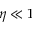
\eta \ll 1